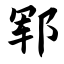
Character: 郓